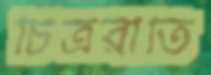
চিত্ররীতি